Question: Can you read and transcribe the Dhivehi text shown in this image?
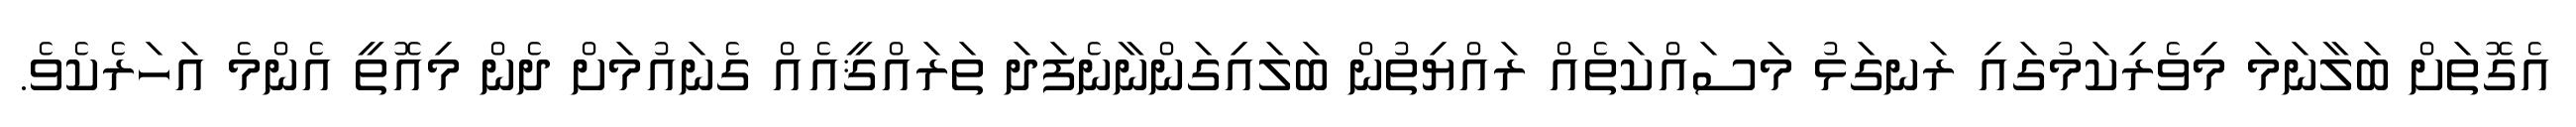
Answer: އެގޮތަށް ބަލާނަމަ މިވެރިކަމުގައި ރަނގަޅު މަސައްކަތެއް ރައްޔިތުން ބަލައިގަންނާނެފަދަ ތަރައްޤީއެއް ގެނައުމަށް ދެން މިއޮތީ އެންމެ އަހަރެކެވެ.